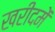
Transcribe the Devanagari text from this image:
खरीदमें